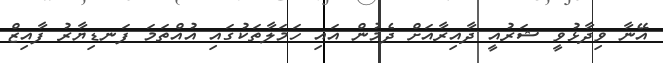
އޭނާ ވިދާޅުވީ ޝަރުއީ ދާއިރާއަށް ދެމުން އައި ހަމަލާތަކުގައި އުއްތަމަ ފަނޑިޔާރު ފާއިޒް